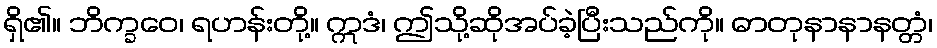
ရှိ၏။ ဘိက္ခဝေ၊ ရဟန်းတို့။ ဣဒံ၊ ဤသို့ဆိုအပ်ခဲ့ပြီးသည်ကို။ ဓာတုနာနာနတ္တံ၊